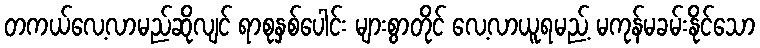
တကယ်လေ့လာမည်ဆိုလျင် ရာစုနှစ်ပေါင်း များစွာတိုင် လေ့လာယူရမည့် မကုန်မခမ်းနိုင်သော